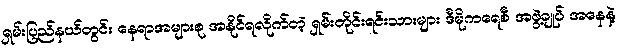
ရှမ်းပြည်နယ်တွင်း နေရာအများစု အနိုင်ရလိုက်တဲ့ ရှမ်းတိုင်းရင်းသားများ ဒီမိုကရေစီ အဖွဲ့ချုပ် အနေနဲ့